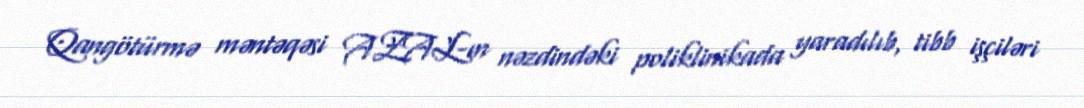
Qangötürmə məntəqəsi AZAL-ın nəzdindəki poliklinikada yaradılıb, tibb işçiləri